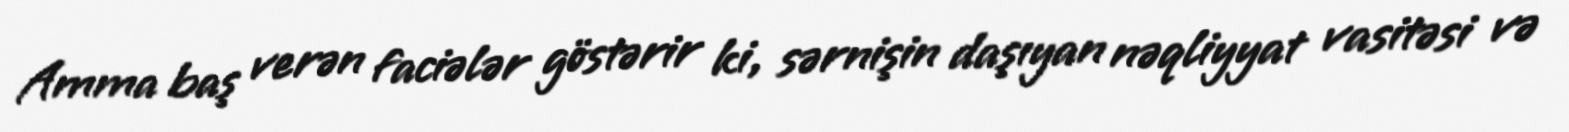
Amma baş verən faciələr göstərir ki, sərnişin daşıyan nəqliyyat vasitəsi və